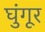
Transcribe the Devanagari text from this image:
घुंगूर